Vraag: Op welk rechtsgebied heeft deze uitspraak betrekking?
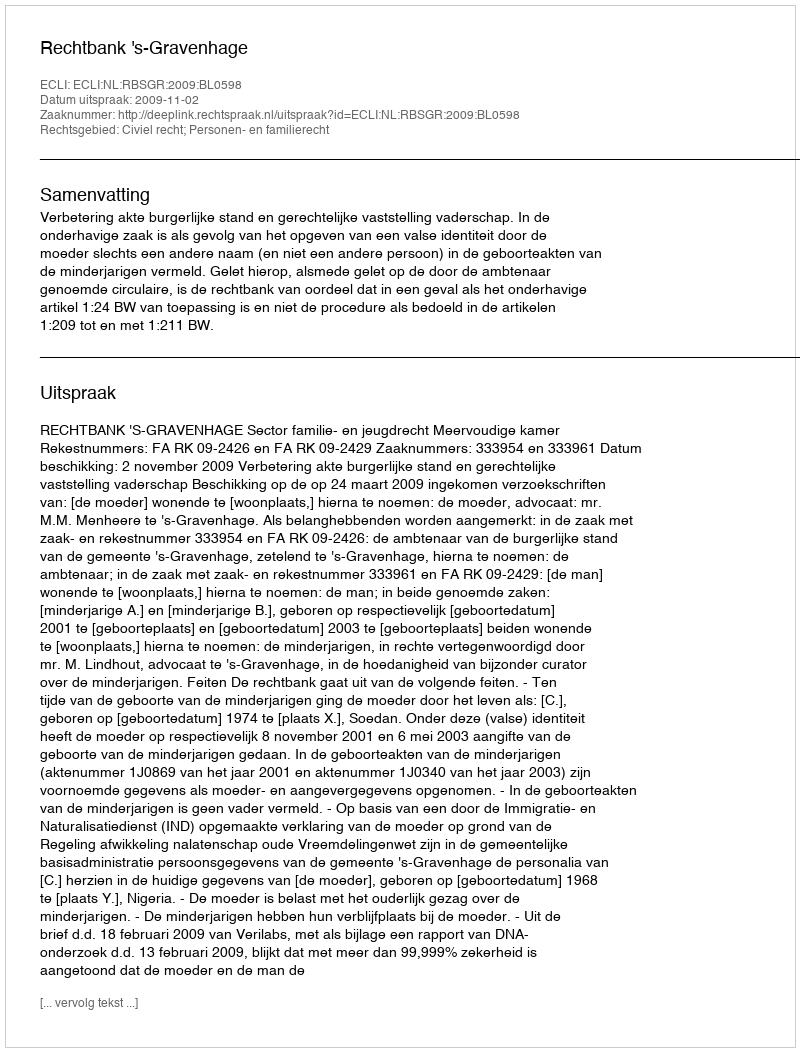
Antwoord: Civiel recht; Personen- en familierecht